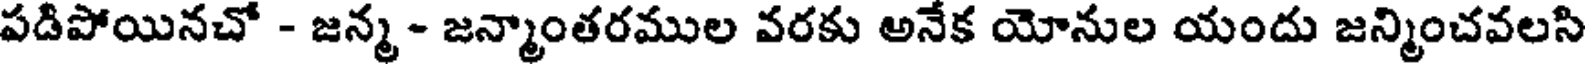
పడిపోయినచో - జన్మ - జన్మాంతరముల వరకు అనేక యోనుల యందు జన్మించవలసి